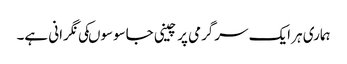
ہماری ہر ایک سرگرمی پر چینی جاسوسوںکی نگرانی ہے۔